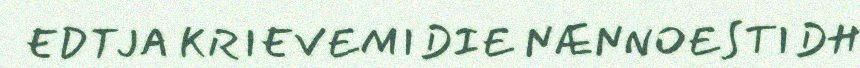
EDTJA KRIEVEMIDIE NÆNNOESTIDH